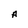
Character: A